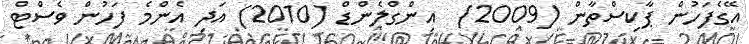
އޭގެފަހުން ޕާކިސްތާން (2009)  އިންގްލެންޑް (2010) އަދި އެންމެ ފަހުން ވެސްޓް